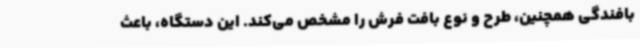
بافندگی همچنین، طرح و نوع بافت فرش را مشخص می‌کند. این دستگاه، باعث